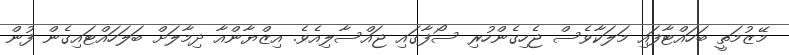
މޭޒުމަތީ ބަހައްޓާފައި މަލަކާވެސް ޖެހިގެންހުރި ސޯފާގައި ޖައްސާލިއެވެ. އިޒްޔާންއާ ދިމާލަށް ބަލަހައްޓައިގެން ފުން